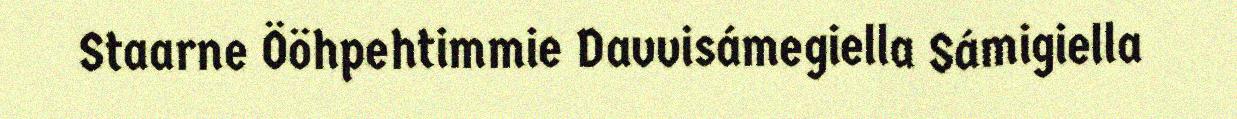
Staarne Ööhpehtimmie Davvisámegiella Sámigiella